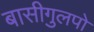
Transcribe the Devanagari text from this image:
बासीगुलपो